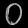
Digit: ၀